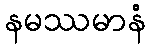
နမဿမာနံ